Scientific memoirs by medical officers of the Army of India - Part X,
Year: 1897
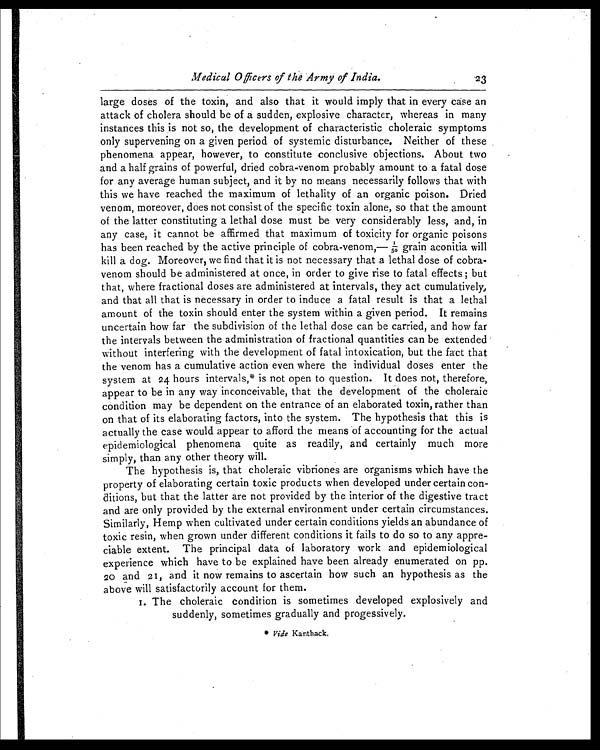
Medical Officers of the Army of India. 23
large doses of the toxin, and also that it would imply that in every case an
attack of cholera should be of a sudden, explosive character, whereas in many
instances this is not so, the development of characteristic choleraic symptoms
only supervening on a given period of systemic disturbance. Neither of these
phenomena appear, however, to constitute conclusive objections. About two
and a half grains of powerful, dried cobra-venom probably amount to a fatal dose
for any average human subject, and it by no means necessarily follows that with
this we have reached the maximum of lethality of an organic poison. Dried
venom, moreover, does not consist of the specific toxin alone, so that the amount
of the latter constituting a lethal dose must be very considerably less, and, in
any case, it cannot be affirmed that maximum of toxicity for organic poisons
has been reached by the active principle of cobra-venom,— 1/50 grain aconitia will
kill a dog. Moreover, we find that it is not necessary that a lethal dose of cobra-
venom should be administered at once, in order to give rise to fatal effects ; but
that, where fractional doses are administered at intervals, they act cumulatively,
and that all that is necessary in order to induce a fatal result is that a lethal
amount of the toxin should enter the system within a given period. It remains
uncertain how far the subdivision of the lethal dose can be carried, and how far
the intervals between the administration of fractional quantities can be extended
without interfering with the development of fatal intoxication, but the fact that
the venom has a cumulative action even where the individual doses enter the
system at 24 hours intervals,* is not open to question. It does not, therefore,
appear to be in any way inconceivable, that the development of the choleraic
condition may be dependent on the entrance of an elaborated toxin, rather than
on that of its elaborating factors, into the system. The hypothesis that this is
actually the case would appear to afford the means of accounting for the actual
epidemiological phenomena quite as readily, and certainly much more
simply, than any other theory will.
The hypothesis is, that choleraic vibriones are organisms which have the
property of elaborating certain toxic products when developed under certain con-
ditions, but that the latter are not provided by the interior of the digestive tract
and are only provided by the external environment under certain circumstances.
Similarly, Hemp when cultivated under certain conditions yields an abundance of
toxic resin, when grown under different conditions it fails to do so to any appre-
ciable extent. The principal data of laboratory work and epidemiological
experience which have to be explained have been already enumerated on pp.
20 and 21 , and it now remains to ascertain how such an hypothesis as the
above will satisfactorily account for them.
1. The choleraic condition is sometimes developed explosively and
suddenly, sometimes gradually and progessively.
* Vide Kanthack.